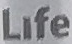
Life